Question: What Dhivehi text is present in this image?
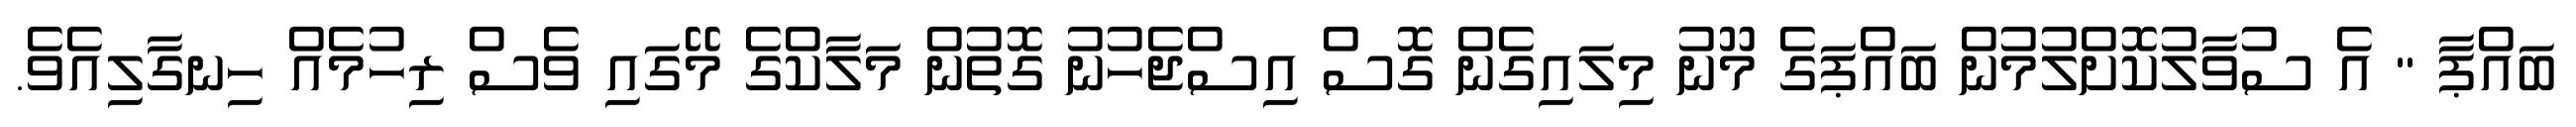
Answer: ބައްޕާ " އެ ސުވާލުކޮށްލުމުން ބައްޕަގެ މޫނު މިލައިގެން ގޮސް އިސްޖެހުނު ގޮތުން މަލާކްގެ މޭގައި ވެސް ރިހުމެއް ހިނގާލިއެވެ.